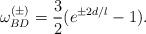
LaTeX: \begin{align*}\omega_{BD}^{(\pm)}= {3\over 2} (e^{\pm 2d/l} -1).\end{align*}